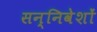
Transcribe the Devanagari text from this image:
सन्निवेशों